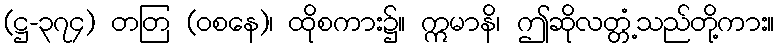
(ဋ္ဌ-၃၇၄) တတြ (ဝစနေ)၊ ထိုစကား၌။ ဣမာနိ၊ ဤဆိုလတ္တံ့သည်တို့ကား။